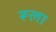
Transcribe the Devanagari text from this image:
रूला